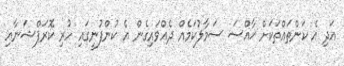
އަދި އެ ކަންތައްތަކަށް ޚާއްސަ ސަމާލުކަމެއް ދެއްވައިގެން އެ ކުންފުނީގައި ހުރި ކޮރަޕްޝަނާއި